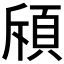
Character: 𫖞